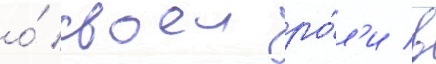
о́ своеи ро́л'и в